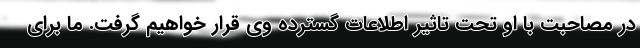
در مصاحبت با او تحت تاثیر اطلاعات گسترده وی قرار خواهیم گرفت. ما برای